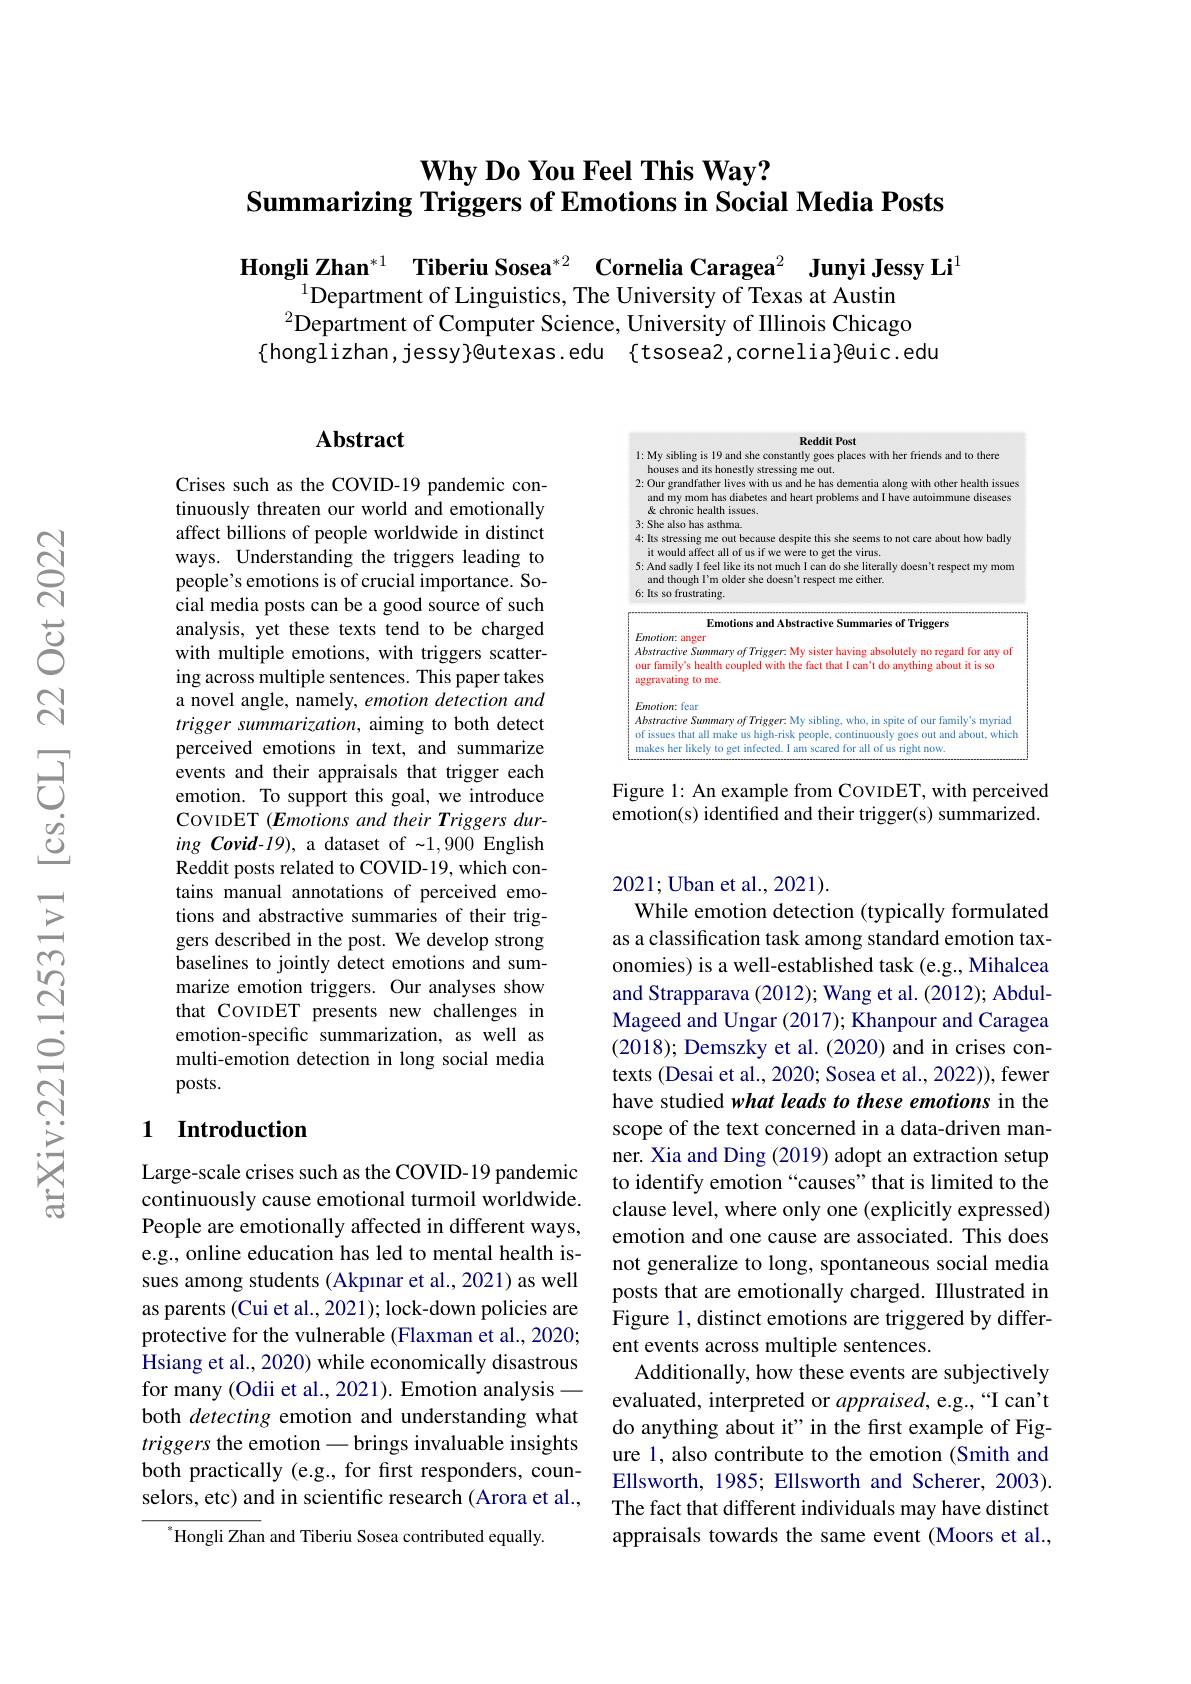
# $\textbf{Why Do You Feel This Way? }$ Summarizing Triggers of Emotions in Social Media Posts

Hongli Zhan$^{*1}$ Tiberiu Sosea$^{*2}$ Cornelia Caragea$^{2}$ Junyi Jessy Li
$^{1}$Department of Linguistics, The University of Texas at Austin $^{2}$Department of Computer Science, University of Illinois Chicago $\{$honglizhan,jessy}@utexas.edu {tsosea2,cornelia}@uic.edu

<FigureHere>

Figure 1: An example from COVIDET, with perceived emotion(s) identified and their trigger(s) summarized.

## $\mathbf{Abstract}$

Crises such as the COVID-19 pandemic continuously threaten our world and emotionally affect billions of people worldwide in distinct ways. Understanding the triggers leading to people's emotions is of crucial importance. Social media posts can be a good source of such analysis, yet these texts tend to be charged with multiple emotions, with triggers scattering across multiple sentences. This paper takes a novel angle, namely, emotion detection and trigger summarization, aiming to both detect perceived emotions in text, and summarize events and their appraisals that trigger each emotion. To support this goal, we introduce COVIDET (Emotions and their Triggers during Covid-19), a dataset of {~}1,900 English Reddit posts related to COVID-19, which contains manual annotations of perceived emotions and abstractive summaries of their triggers described in the post. We develop strong baselines to jointly detect emotions and summarize emotion triggers. Our analyses show that COVIDET presents new challenges in emotion-specific summarization, as well as multi-emotion detection in long social media posts.

### 1 Introduction

Large-scale crises such as the COVID-19 pandemic continuously cause emotional turmoil worldwide. People are emotionally affected in different ways, e.g., online education has led to mental health issues among students (Akpınar et al.,2021) as well as parents (Cui et al., 2021); lock-down policies are protective for the vulnerable (Flaxman et al., 2020; Hsiang et al., 2020) while economically disastrous for many (Odii et al., 2021). Emotion analysis— both detecting emotion and understanding what triggers the emotion -brings invaluable insights both practically (e.g., for first responders, counselors, etc) and in scientific research (Arora et al.,

$^{*}$Hongli Zhan and Tiberiu Sosea contributed equally.

2021;Uban et al.,2021).
While emotion detection (typically formulated as a classification task among standard emotion taxonomies) is a well-established task (e.g., Mihalcea and Strapparava (2012); Wang et al. (2012); AbdulMageed and Ungar (2017); Khanpour and Caragea (2018); Demszky et al. (2020) and in crises contexts (Desai et al., 2020; Sosea et al., 2022)), fewer have studied what leads to these emotions in the scope of the text concerned in a data-driven manner. Xia and Ding (2019) adopt an extraction setup to identify emotion“causes”that is limited to the clause level, where only one (explicitly expressed) emotion and one cause are associated. This does not generalize to long, spontaneous social media posts that are emotionally charged. Illustrated in Figure 1, distinct emotions are triggered by different events across multiple sentences.
Additionally, how these events are subjectively evaluated, interpreted or appraised, e.g., “I can't do anything about it" in the first example of Figure 1, also contribute to the emotion (Smith and Ellsworth, 1985; Ellsworth and Scherer, 2003). The fact that different individuals may have distinct appraisals towards the same event (Moors et al.,